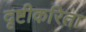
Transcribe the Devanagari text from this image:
दृष्टीकरिता